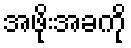
အဖိုးအခကို